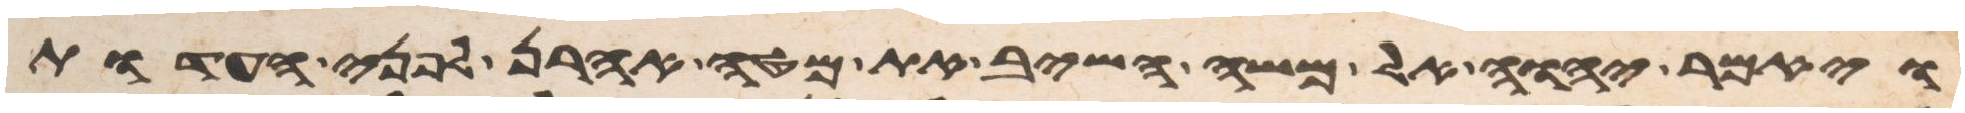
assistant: ויאמר יהוה אל משה השיב את מטה אהרן לפני העדות